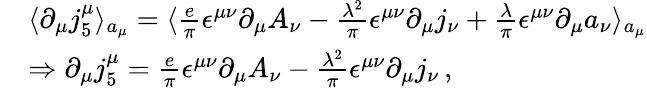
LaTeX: \begin{array}{rl}&{\langle\partial_{\mu}j_{5}^{\mu}\rangle_{a_{\mu}}=\langle\frac{e}{\pi}\epsilon^{\mu\nu}\partial_{\mu}A_{\nu}-\frac{\lambda^{2}}{\pi}\epsilon^{\mu\nu}\partial_{\mu}j_{\nu}+\frac{\lambda}{\pi}\epsilon^{\mu\nu}\partial_{\mu}a_{\nu}\rangle_{a_{\mu}}}\\ &{\Rightarrow\partial_{\mu}j_{5}^{\mu}=\frac{e}{\pi}\epsilon^{\mu\nu}\partial_{\mu}A_{\nu}-\frac{\lambda^{2}}{\pi}\epsilon^{\mu\nu}\partial_{\mu}j_{\nu}\, ,}\end{array}